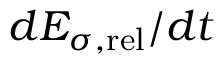
d { \cal E } _ { \sigma , \mathrm { r e l } } / d t